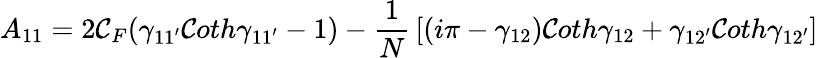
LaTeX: A_{11}=2\mathcal{C}_{F}(\gamma_{11^{\prime}}\mathcal{C}oth\gamma_{11^{\prime}}-1)-{\frac{{1}}{{N}}}\left[(i\pi-\gamma_{12})\mathcal{C}oth\gamma_{12}+\gamma_{12^{\prime}}\mathcal{C}oth\gamma_{12^{\prime}}\right]